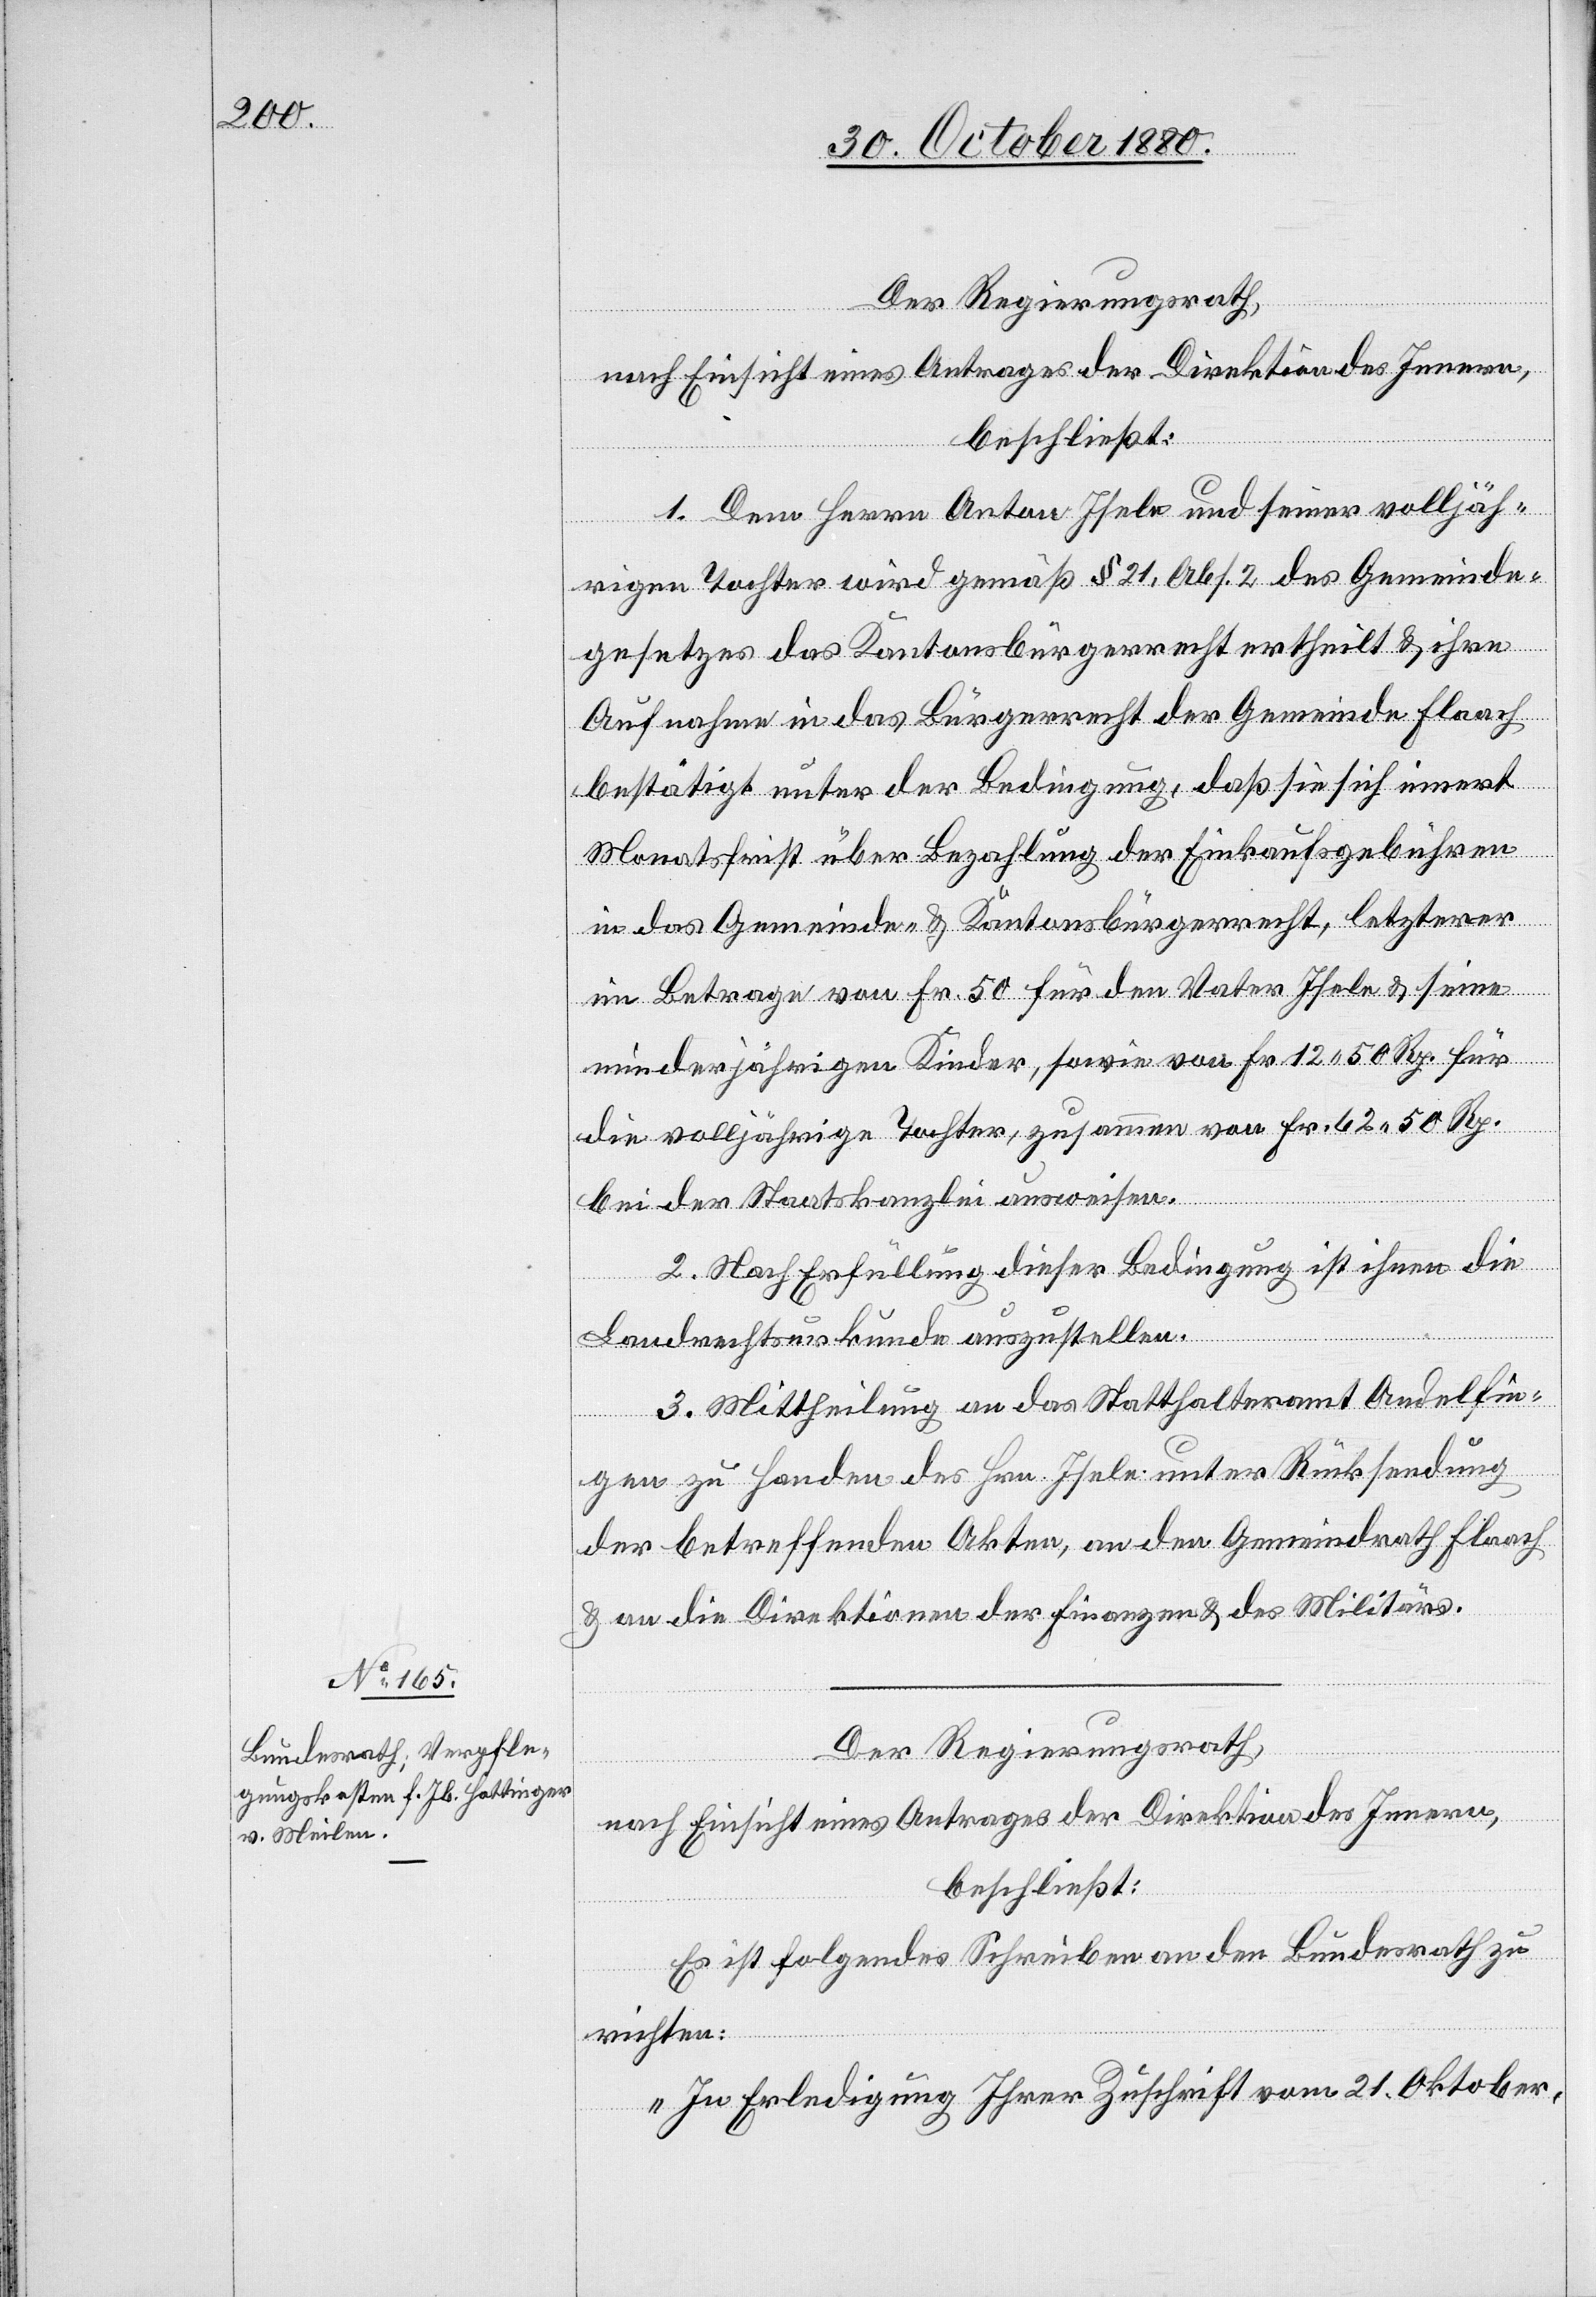
Der Regierungsrath,
nach Einsicht eines Antrages der Direktion des Innern,
beschließt:
1. Dem Herrn Anton Isele und seiner volljäh¬
rigen Tochter wird gemäß § 21, Abs. 2 des Gemeinde¬
gesetzes das Kantonsbürgerrecht ertheilt & ihre
Aufnahme in das Bürgerrecht der Gemeinde Flaach
bestätigt unter der Bedingung, daß sie sich innert
Monatsfrist über Bezahlung der Einkaufsgebühren
in das Gemeinde- & Kantonsbürgerrecht, letzterer
im Betrage von Fr. 50 für den Vater Isele & seine
minderjährigen Kinder, sowie von 12 50 Rp. für
die volljährige Tochter, zusammen von Fr. 62 50 Rp.
bei der Staatskanzlei ausweisen.
2. Nach Erfüllung dieser Bedingung ist ihnen die
Landrechtsurkunde auszustellen.
3. Mittheilung an das Statthalteramt Andelfin¬
gen zu Handen des Hrn. Isele unter Rücksendung
der betreffenden Akten, an den Gemeindrath Flaach
& an die Direktionen der Finanzen & des Militärs.
Der Regierungsrath,
nach Einsicht eines Antrages der Direktion des Innern,
beschließt:
Es ist folgendes Schreiben an den Bundesrath zu
richten:
„In Erledigung Ihrer Zuschrift vom 21. Oktober,